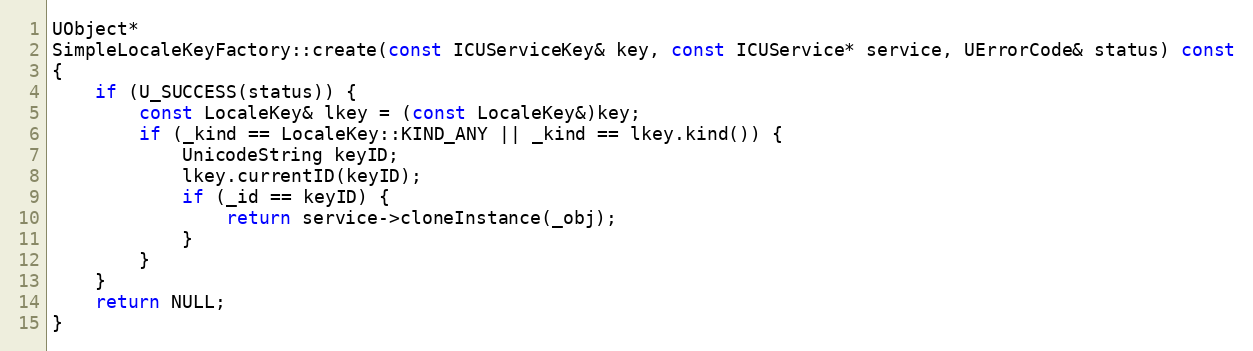
Language: C++
UObject*
SimpleLocaleKeyFactory::create(const ICUServiceKey& key, const ICUService* service, UErrorCode& status) const
{
    if (U_SUCCESS(status)) {
        const LocaleKey& lkey = (const LocaleKey&)key;
        if (_kind == LocaleKey::KIND_ANY || _kind == lkey.kind()) {
            UnicodeString keyID;
            lkey.currentID(keyID);
            if (_id == keyID) {
                return service->cloneInstance(_obj);
            }
        }
    }
    return NULL;
}